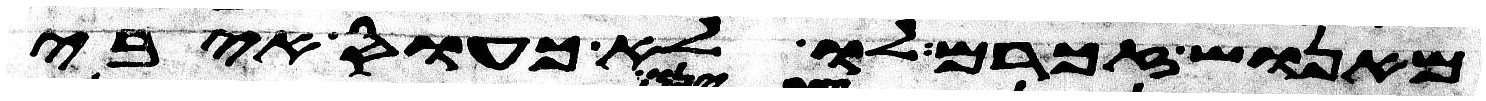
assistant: מאנוש זכרם לו לא כעס איבי